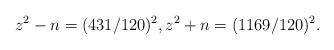
LaTeX: \begin{align*}z^{2}-n=(431/120)^{2},z^{2}+n=(1169/120)^{2}.\end{align*}